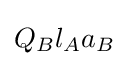
Q_{B}l_{A}a_{B}